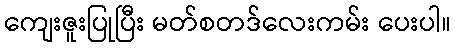
ကျေးဇူးပြုပြီး မတ်စတဒ်လေးကမ်း ပေးပါ။